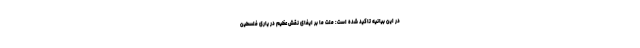
در این بیانیه تاکید شده است: ملت ما بر ایفای نقش عظیم در یاری فلسطین